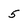
Character: 5